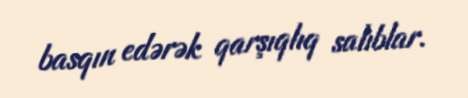
basqın edərək qarşıqlıq salıblar.